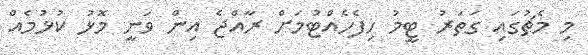
މި މެޗުގައި ގަތަރު ޓީމު ހިފެހެއްޓުމަށް ރާއްޖެ އިން ވަނީ މޮޅު ކުޅުމެއް